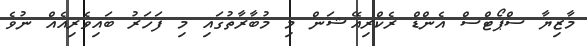
މާޒިޔާ ސްޕޯޓްސް އެންޑް ރެކްރިއޭޝަން މި މުބާރާތުގައި މި ފަހަރު ބައިވެރިއެއް ނުވެ